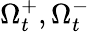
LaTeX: \Omega_{t}^{+},\Omega_{t}^{-}